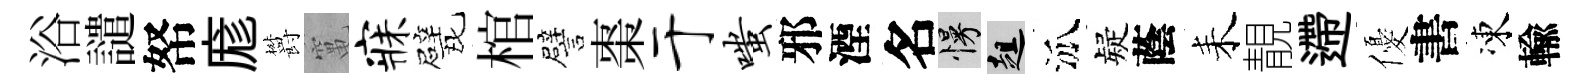
浴譴帑庬欝𥧄寐戏棺譬棗于嗤邪湮名慢趄泒疑蔭耒靚遰優書凍輸